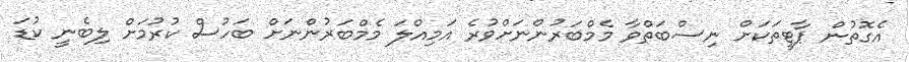
އެގޮތުން ޕާޓީތަކަށް ނިސްބަތްވާ މެމްބަރުންނަށްވުރެ އަމިއްލަ މެމްބަރުންނަށް ބަހުސް ކުރުމަށް ލިބެނީ ކުޑަ